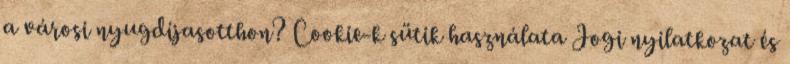
a városi nyugdíjasotthon? Cookie-k sütik használata Jogi nyilatkozat és